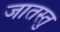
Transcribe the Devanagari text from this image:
जातस्तु